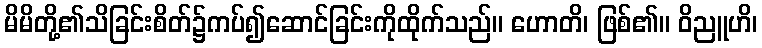
မိမိတို့၏သိခြင်းစိတ်၌ကပ်၍ဆောင်ခြင်းကိုထိုက်သည်။ ဟောတိ၊ ဖြစ်၏။ ဝိညူဟိ၊